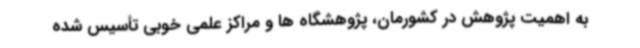
به اهمیت پژوهش در کشورمان، پژوهشگاه ها و مراکز علمی خوبی تأسیس شده